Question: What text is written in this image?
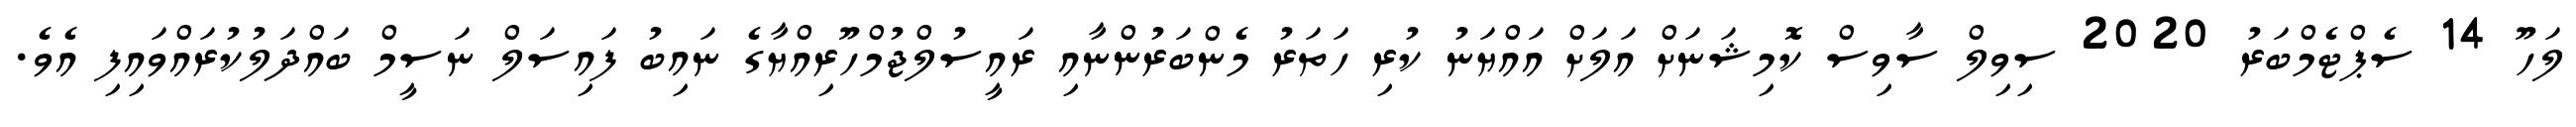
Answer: ލަހޫ 14 ސެޕްޓެމްބަރު 2020 ސިވިލް ސާވިސް ކޮމިޝަނަށް އަލަށް އައްޔަނު ކުރި ހަތަރު މެންބަރުންނާއި ރައީސުލްޖުމްހޫރިއްޔާގެ ނައިބު ފައިސަލް ނަސީމް ބައްދަލުކުރައްވައިފި އެވެ.